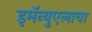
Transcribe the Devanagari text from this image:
इमॅन्युएलाचा